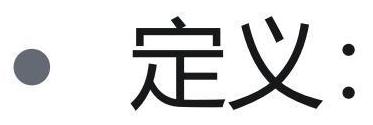
$\bullet$ 定义：